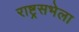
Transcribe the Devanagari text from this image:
राष्ट्रसभेला